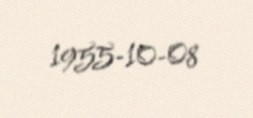
1955-10-08